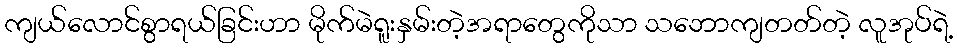
ကျယ်လောင်စွာရယ်ခြင်းဟာ မိုက်မဲရူးနှမ်းတဲ့အရာတွေကိုသာ သဘောကျတတ်တဲ့ လူအုပ်ရဲ့